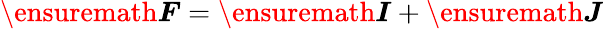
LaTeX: \ensuremath{\boldsymbol{F}}=\ensuremath{\boldsymbol{I}}+\ensuremath{\boldsymbol{J}}